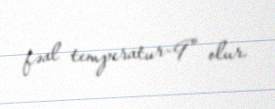
fəal temperatur-9° olur.